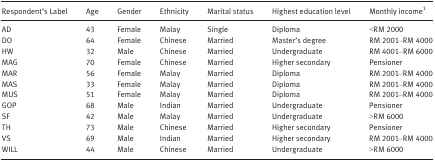
<table><thead><tr><td><b>Respondent&#x27;s Label</b></td><td><b>Age</b></td><td><b>Gender</b></td><td><b>Ethnicity</b></td><td><b>Marital status</b></td><td><b>Highest education level</b></td><td><b>Monthly incomea</b></td></tr></thead><tbody><tr><td>AD</td><td>43</td><td>Female</td><td>Malay</td><td>Single</td><td>Diploma</td><td>&lt;RM 2000</td></tr><tr><td>DO</td><td>64</td><td>Female</td><td>Chinese</td><td>Married</td><td>Master&#x27;s degree</td><td>RM 2001–RM 4000</td></tr><tr><td>HW</td><td>32</td><td>Male</td><td>Chinese</td><td>Married</td><td>Undergraduate</td><td>RM 4001–RM 6000</td></tr><tr><td>MAG</td><td>70</td><td>Female</td><td>Chinese</td><td>Married</td><td>Higher secondary</td><td>Pensioner</td></tr><tr><td>MAR</td><td>56</td><td>Female</td><td>Malay</td><td>Married</td><td>Diploma</td><td>RM 2001–RM 4000</td></tr><tr><td>MAS</td><td>33</td><td>Female</td><td>Malay</td><td>Married</td><td>Diploma</td><td>RM 2001–RM 4000</td></tr><tr><td>MUS</td><td>51</td><td>Female</td><td>Malay</td><td>Married</td><td>Diploma</td><td>RM 2001–RM 4000</td></tr><tr><td>GOP</td><td>68</td><td>Male</td><td>Indian</td><td>Married</td><td>Undergraduate</td><td>Pensioner</td></tr><tr><td>SF</td><td>42</td><td>Male</td><td>Malay</td><td>Married</td><td>Undergraduate</td><td>&gt;RM 6000</td></tr><tr><td>TH</td><td>73</td><td>Male</td><td>Chinese</td><td>Married</td><td>Higher secondary</td><td>Pensioner</td></tr><tr><td>VS</td><td>69</td><td>Male</td><td>Indian</td><td>Married</td><td>Higher secondary</td><td>RM 2001–RM 4000</td></tr><tr><td>WILL</td><td>44</td><td>Male</td><td>Chinese</td><td>Married</td><td>Undergraduate</td><td>&gt;RM 6000</td></tr></tbody></table>